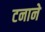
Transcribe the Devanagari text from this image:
टनाने